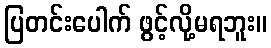
ပြတင်းပေါက် ဖွင့်လို့မရဘူး။